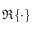
\Re \{ \cdot \}